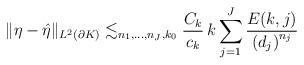
LaTeX: \begin{align*}\Vert \eta - \hat{\eta} \Vert_{L^2(\partial K)}\lesssim_{n_1,\ldots,n_J,k_0}\dfrac{C_k}{c_k} \, k\sum_{j=1}^{J}\dfrac{E(k,j)}{\left( d_j \right)^{n_j}}\end{align*}